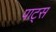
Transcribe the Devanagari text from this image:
पाट्स